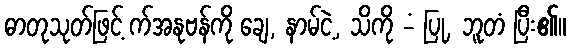
ဓာတုသုတ်ဖြင့် က်အနုဗန်ကို ချေ, နာမ်ငဲ့, သိကို -ံ ပြု, ဘူတံ ပြီး၏။